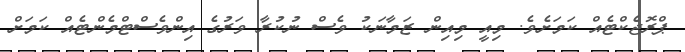
ޕްރޮޖެކްޓެއް ކަމަށެވެ. މިއީ މިއިން ޒަމާނަކު ވެސް ނުކުރާ ވަރުގެ އިންވެސްޓްމެންޓެއް ކަމަށް